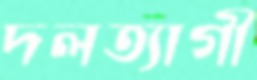
দলত্যাগী